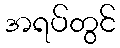
အရပ်တွင်